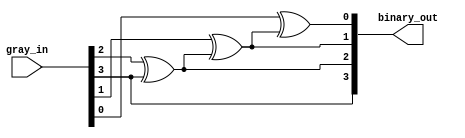
// This program was cloned from: https://github.com/ekb0412/100DaysofRTL
// License: Apache License 2.0

`timescale 1ns / 1ps

module gray2binary(
    input [3:0] gray_in,
    output [3:0] binary_out
    );
    
    buf buf1(binary_out[3],gray_in[3]);
    
    xor xor1(binary_out[2],gray_in[2],binary_out[3]),
        xor2(binary_out[1],gray_in[1],binary_out[2]),
        xor3(binary_out[0],gray_in[0],binary_out[1]);
    
endmodule